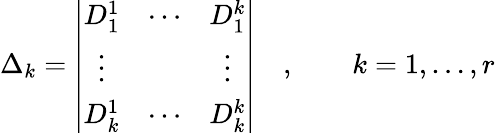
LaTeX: \Delta_{k}=\left|\begin{array}{ccc}{{D_{1}^{1}}}&{{\cdots}}&{{D_{1}^{k}}}\\ {{\vdots}}&{{}}&{{\vdots}}\\ {{D_{k}^{1}}}&{{\cdots}}&{{D_{k}^{k}}}\end{array}\right|\quad,\qquad k=1,\ldots,r